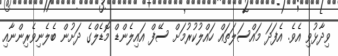
ވިދާޅުވި އެވެ. އެފަދަ މައްސަލަތައް ހައްލުކުރުމަށް ސޭފް އައިލެންޑް މޮޑެލްގެ ދަށުން ބެލެނިވެރިންނާއި